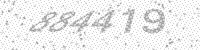
Solution: 884419